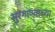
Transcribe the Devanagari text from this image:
सुरगाण्याच्या